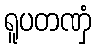
ရူပတဏှံ